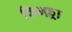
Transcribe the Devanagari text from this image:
किन्फ़्रा